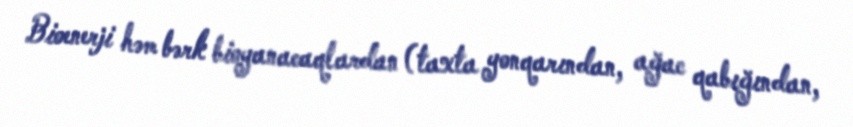
Bioenerji həm bərk bioyanacaqlardan (taxta yonqarından, ağac qabığından,